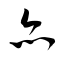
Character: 亦